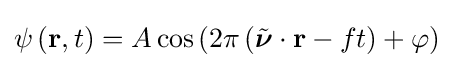
\psi \left(\mathbf {r} ,t\right)=A\cos \left(2\pi \left({\tilde {\boldsymbol {\nu }}}\cdot {\mathbf {r} }-ft\right)+\varphi \right)